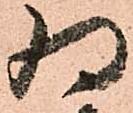
為